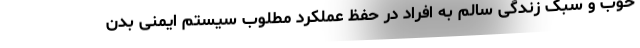
خوب و سبک زندگی سالم به افراد در حفظ عملکرد مطلوب سیستم ایمنی بدن